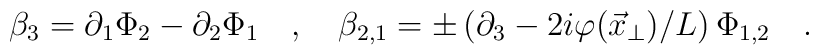
\beta_{3}  =    \partial_{1} \Phi_{2} - \partial_{2} \Phi_{1} \quad , \quad\beta_{2,1}  = \pm \left( \partial_{3}-  2i \varphi(\vec{x}_{\perp})/L \right)\Phi_{1,2} \quad .